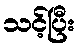
သင့်ပြီး